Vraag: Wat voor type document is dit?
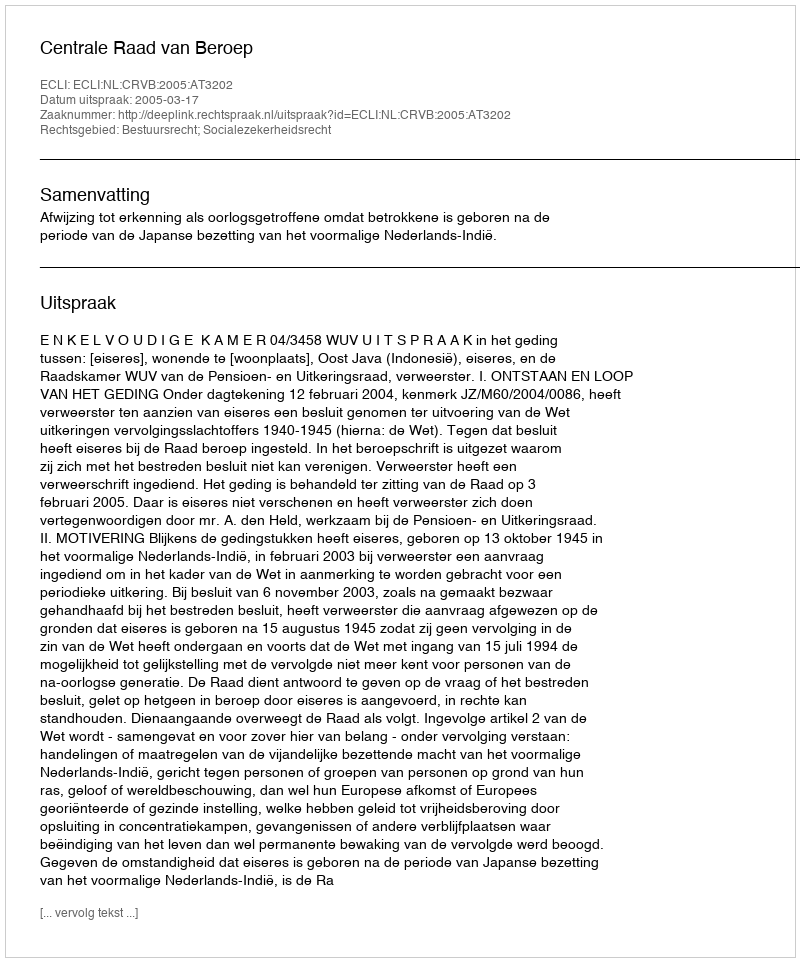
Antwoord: Uitspraak